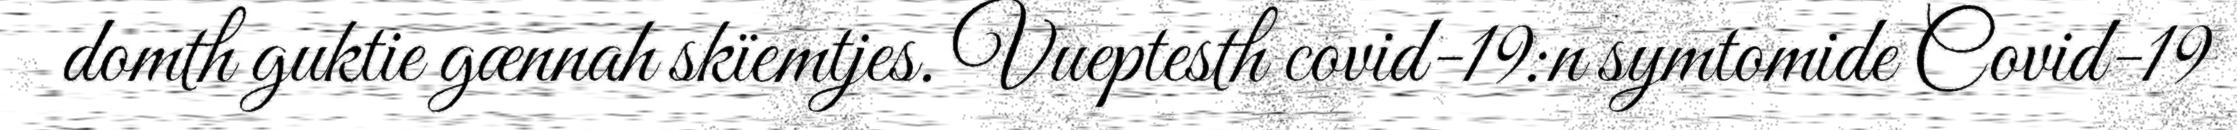
domth guktie gænnah skïemtjes. Vueptesth covid-19:n symtomide Covid-19